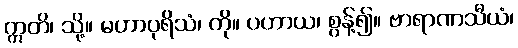
ဣတိ၊ သို့။ မဟာပုရိသံ၊ ကို။ ပဟာယ၊ စွန့်၍။ ဗာရာဏသီယံ၊